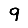
Digit: 9